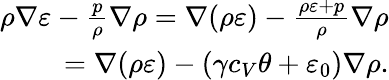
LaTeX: \begin{array}{r}{\rho\nabla\varepsilon-\frac{p}{\rho}\nabla\rho=\nabla(\rho\varepsilon)-\frac{\rho\varepsilon+p}{\rho}\nabla\rho}\\ {=\nabla(\rho\varepsilon)-(\gamma c_{V}\theta+\varepsilon_{0})\nabla\rho.}\end{array}